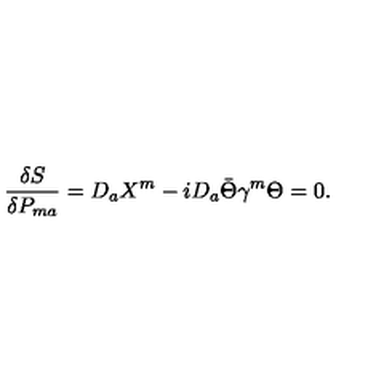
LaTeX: { \frac { \delta S } { \delta P _ { m a } } } = D _ { a } X ^ { m } - i D _ { a } \bar { \Theta } \gamma ^ { m } \Theta = 0 .